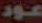
عود